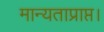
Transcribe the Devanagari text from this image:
मान्यताप्राप्त।